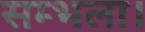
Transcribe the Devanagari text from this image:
सम्भला।